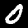
Digit: 0